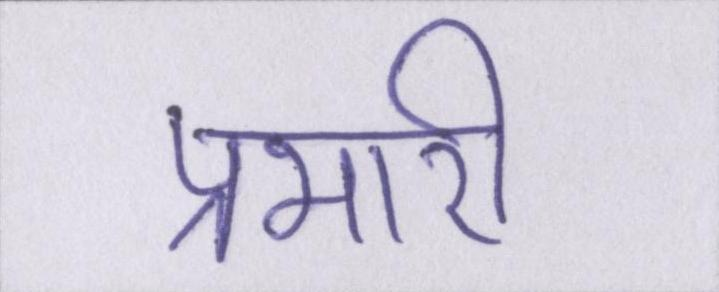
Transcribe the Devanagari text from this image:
प्रभारी